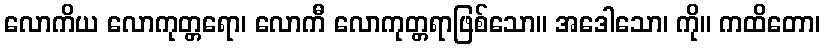
လောကိယ လောကုတ္တရော၊ လောကီ လောကုတ္တရာဖြစ်သော။ အဒေါသော၊ ကို။ ကထိတော၊